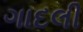
ગાદલી